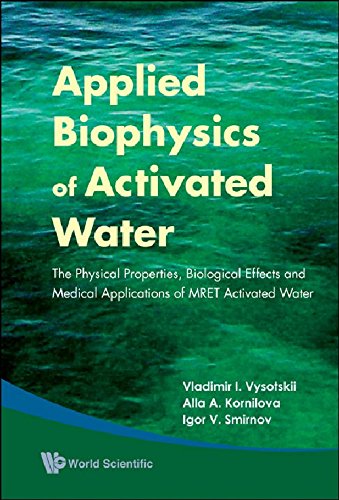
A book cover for Applied Biophysics of Activated Water: The Physical Properties, Biological Effects and Medical Applications of MRET Activated Water; Vladimir I. Vysotskii; Science & Math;